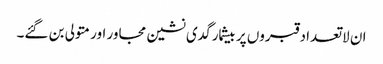
ان لاتعداد قبروں پر بیشمار گدی نشین مجاور اور متولی بن گئے۔